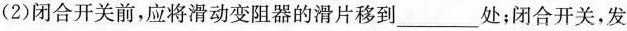
(2)闭合开关前，应将滑动变阻器的滑片移到___处；闭合开关，发